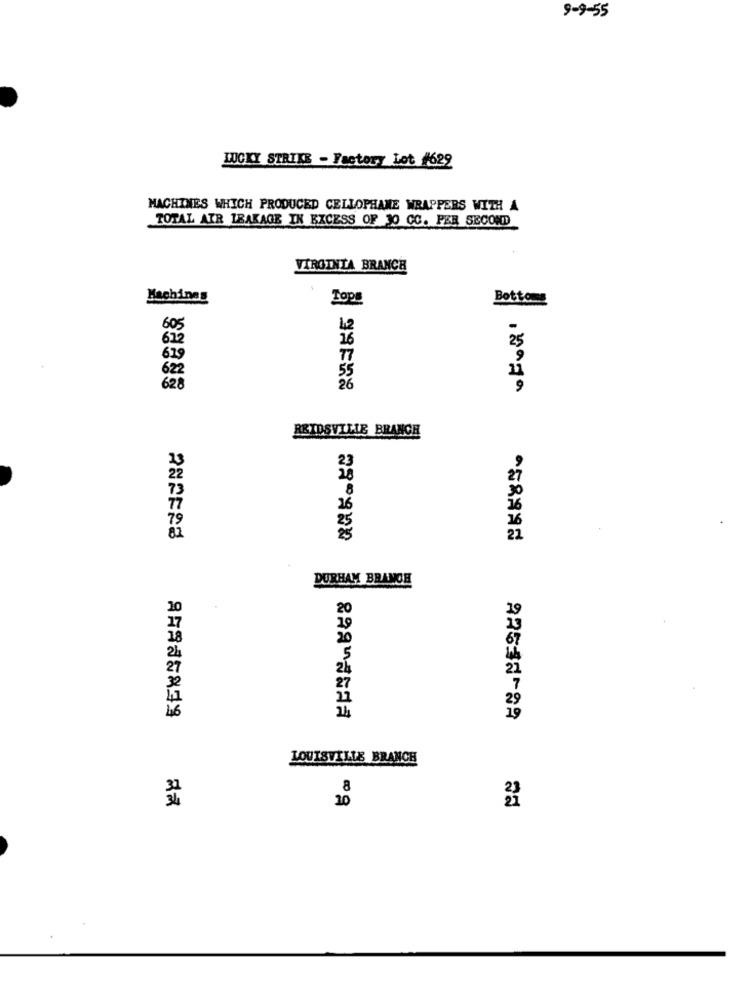
9-9-55
LUCKY STRIKE - Factory Lot #622
MACHINES WHICH PRODUCED CELLOPHANE WRAPPERS WITH A
TOTAL AIR LEAKAGE IN EXCESS OF 30 CC. PER SECOND
VIRGINIA BRANCH
Machines
Tops
Botto
60%
42
16
25
619
77
55
62
26
REIDSVILLE BRANCH
23
22
73
26
79
25
82
25
22
DURHAM BRANCH
10
20
20
20
.5
21
21
29
46
14
19
A2533-89
LOUISVILLE BRANCH
20